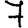
Digit: 7